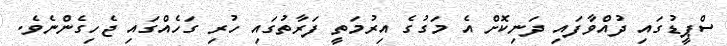
ސްޕީޑުގައި ދުއްވާފައި ދަނިކޮށް އެ މަގުގެ އިރުމަތީ ފަރާތުގައި ހުރި ގަހެއްގައި ޖެހިގެންނެވެ.